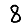
Digit: 8